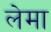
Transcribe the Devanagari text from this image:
लेमा